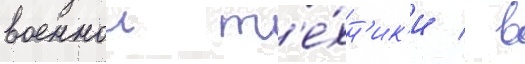
военнои т'е́хн'ик'и / в